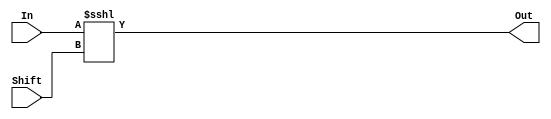
`timescale 1ns / 1ps
//////////////////////////////////////////////////////////////////////////////////
// Company: 
// Engineer: 
// 
// Design Name: 
// Module Name: ShiftLeft
// Project Name: 
// Target Devices: 
// Tool Versions: 
// Description: 
// 
// Dependencies: 
// 
// Revision:
// Revision 0.01 - File Created
// Additional Comments:
// 
//////////////////////////////////////////////////////////////////////////////////


module ShiftLeft(In, Out, Shift);
    input [31:0] In;
    input [4:0] Shift;
    output [31:0] Out;
    
    assign Out = In <<< Shift;
endmodule